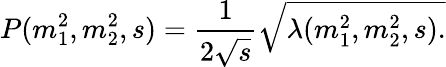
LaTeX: P(m_{1}^{2},m_{2}^{2},s)=\frac{1}{2\sqrt{s}}\sqrt{\lambda(m_{1}^{2},m_{2}^{2},s).}